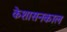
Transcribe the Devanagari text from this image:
केशासनकाल